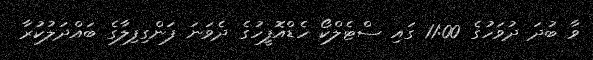
ވާ ބުދަ ދުވަހުގެ 11:00 ގައި ސްޓެލްކޯ ހެޑްއޮފީހުގެ ދެވަނަ ފަންގިފިލާގެ ބައްދަލުކުރާ